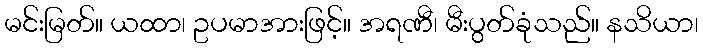
မင်းမြတ်။ ယထာ၊ ဥပမာအားဖြင့်။ အရဏီ၊ မီးပွတ်ခုံသည်။ နသိယာ၊